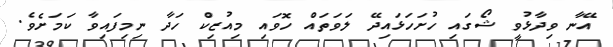
އޭނާ ވިދާޅުވީ ޝޯގައި ހުށަހަޅައިދޭ ލަވަތައް ހޮވައި މިއުޒިކް ހަދާ ނިމިފައިވާ ކަމަށެވެ.